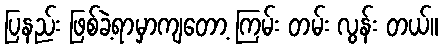
ပြနည်း ဖြစ်ခဲ့ရာမှာကျတော့ ကြမ်း တမ်း လွန်း တယ်။